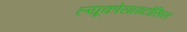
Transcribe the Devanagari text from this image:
ल्यूकोसाइटोसिस